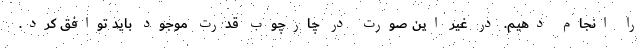
را انجام دهیم. در غیر این صورت در چارچوب قدرت موجود باید توافق کرد.